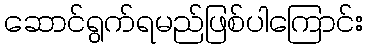
ဆောင်ရွက်ရမည်ဖြစ်ပါကြောင်း